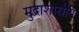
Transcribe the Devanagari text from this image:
मुद्राशास्रीय